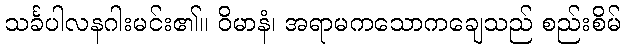
သင်္ခပါလနဂါးမင်း၏။ ဝိမာနံ၊ အရာမကသောကချေသည် စည်းစိမ်